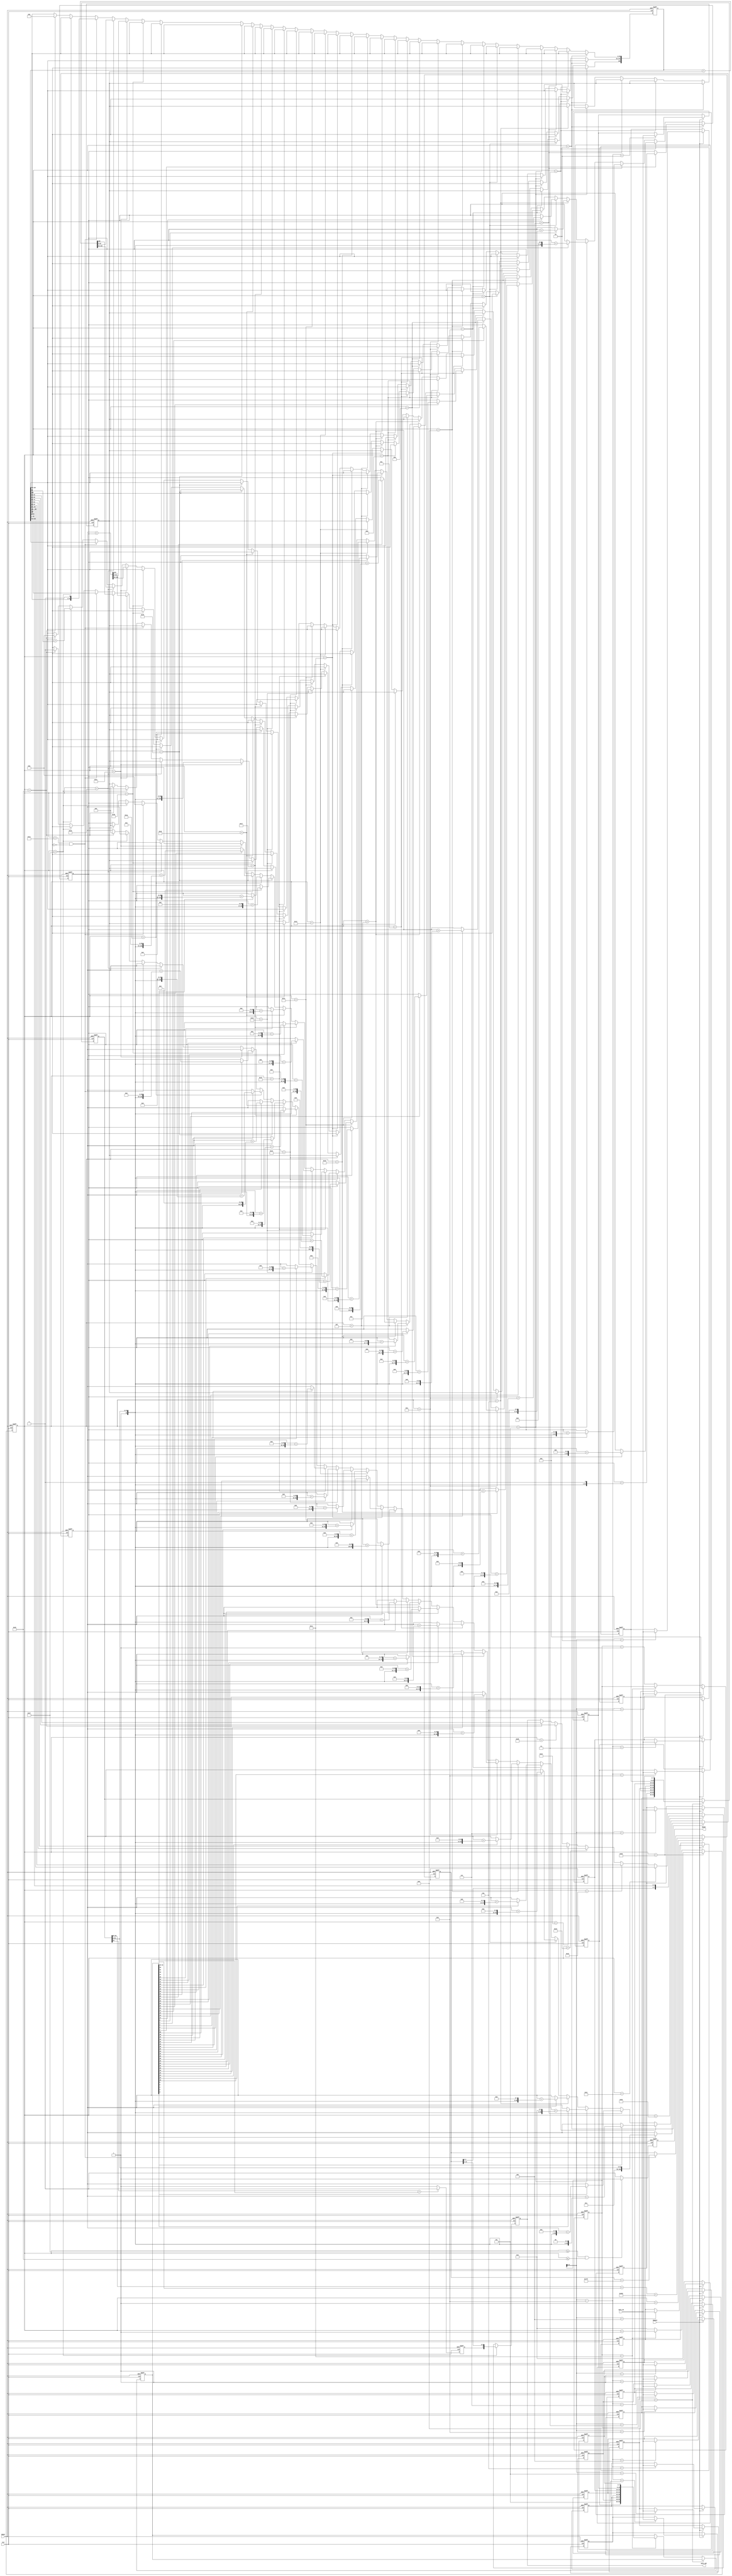
//------------------------------------------------------//
//- Digital IC Design 2021                              //
//-                                                     //
//- Final Project: FP_MUL                               //
//------------------------------------------------------//
`timescale 1ns/10ps

module FP_MUL(CLK, RESET, ENABLE, DATA_IN, DATA_OUT, READY );



// I/O Ports
input         CLK; //clock signal
input         RESET; //sync. RESET=1
input         ENABLE; //input data sequence when ENABLE =1
input   [7:0] DATA_IN; //input data sequence
output  [7:0] DATA_OUT; //ouput data sequence

output        READY; //output data is READY when READY=1
reg           READY;




reg [4:0] counter;
reg [5:0] count;
reg [7:0] A [8:1];
reg [7:0] B [8:1];
reg [7:0] DATA_OUT; //ignore
reg [63:0] total_A;
reg [63:0] total_B;

reg s;           //sign bit
reg [10:0] exp;  //exponet bit
reg [105:0] float;
reg [104:0] float1;
reg [104:0] float2;
reg [104:0] float3;


//after 17 CLK DATA recieve finish 
//at the 48~55 CLK to out DATA
//Total CLK : 55 CLK per 1 cycle


//set counter for recieve IN_DATA
always@(posedge CLK or posedge RESET)
begin
	if (RESET)
	begin
	counter <= 0;
	count <= 0;
	end	
	else if (count == 40 )
	begin
	counter <= 0;
	count <= 0;
	end
	else if (counter == 17)
	begin
	counter <= counter;
	count <= count +1;
	end
	else 
	begin
	counter <= counter + 1;
	count <= 0;
	end
end

//set READY's up time and down time
always@(posedge CLK or posedge RESET)
begin
	if (RESET)
	READY <= 0;
	else if (count >= 31 && count <=38)
	READY <= 1;
	else
	READY <= 0;
end

//make A & B recieve data
always@(posedge CLK or posedge RESET)
begin
	if (RESET)
	begin	
	A[1] <= 0;
	B[1] <= 0;
	A[2] <= 0;
	B[2] <= 0;
	A[3] <= 0;
	B[3] <= 0;
	A[4] <= 0;
	B[4] <= 0;
	A[5] <= 0;
	B[5] <= 0;
	A[6] <= 0;
	B[6] <= 0;
	A[7] <= 0;
	B[7] <= 0;
	A[8] <= 0;
	B[8] <= 0;
	end
	else if (ENABLE)
	begin
	A[counter] <= DATA_IN;
	B[counter-8] <= DATA_IN;
	end
end

//concate the all bit of IN_DATA 
always@(posedge CLK or posedge RESET)
begin
	if (RESET)
	begin
	total_A <= 64'b0;
	total_B <= 64'b0;
	end
	else if (counter == 9)
	total_A <= {A[8],A[7],A[6],A[5],A[4],A[3],A[2],A[1]};
	else if (counter == 17)
	total_B <= {B[8],B[7],B[6],B[5],B[4],B[3],B[2],B[1]};
end

//generator the first bit of OUTPUT
always@(posedge CLK or posedge RESET)
begin
	if (RESET)
	s <= 1'b0;
	else if ( total_A[63] == total_B[63] )
	s <= 1'b0;
	else
	s <= 1'b1;
end

//generator the exponent bits of OUTPUT
always@(posedge CLK or posedge RESET)
begin
	if (RESET)
	exp <= 0;
	else if ( count == 1)
	exp <= (total_A[62:52] + total_B[62:52]) + 11'b10000000010; //this 11 bits is 2's 1022 (exp - 1022)
	else if ( count == 30 && float[105] == 0) 
	exp <= exp + 11'b11111111111; // this 11bits is 2's 1 (exp - 1)
end

//generator the float number of OUTPUT
always@(posedge CLK or posedge RESET)
begin
	if (RESET)
	begin	
float  <= 0;
float1 <= 0;
float2 <= 0;
float3 <= 0;
	end
	else if ( count == 2 )
	begin
		if (total_B[0] == 1)	float1 <= {1'b1 , total_A[51:0]};		
		if (total_B[1] == 1)	float2 <= float2 + ({1'b1, total_A[51:0]} << 1);
	end
	else if ( count == 3)
	begin
		if (total_B[2] == 1)	float1 <= float1 + ({1'b1, total_A[51:0]} << 2);
		if (total_B[3] == 1)	float2 <= float2 + ({1'b1, total_A[51:0]} << 3);
	end
	else if ( count == 4 )
	begin
		if (total_B[4] == 1) 	float1 <= float1 + ({1'b1, total_A[51:0]} << 4);
		if (total_B[5] == 1)	float2 <= float2 + ({1'b1, total_A[51:0]} << 5);
	end
	else if ( count == 5 )
	begin
		if (total_B[6] == 1)	float1 <= float1 + ({1'b1, total_A[51:0]} << 6);
		if (total_B[7] == 1)	float2 <= float2 + ({1'b1, total_A[51:0]} << 7);
	end
	else if ( count == 6 )
	begin
		if (total_B[8] == 1) 	float1 <= float1 + ({1'b1, total_A[51:0]} << 8);
		if (total_B[9] == 1)	float2 <= float2 + ({1'b1, total_A[51:0]} << 9);
	end
	else if ( count == 7 )
	begin
		if (total_B[10] == 1)	float1 <= float1 + ({1'b1, total_A[51:0]} << 10);
		if (total_B[11] == 1)	float2 <= float2 + ({1'b1, total_A[51:0]} << 11);
	end

	else if ( count == 8 )
	begin
		if (total_B[12] == 1) 	float1 <= float1 + ({1'b1, total_A[51:0]} << 12);
		if (total_B[13] == 1)	float2 <= float2 + ({1'b1, total_A[51:0]} << 13);
	end
	else if ( count == 9 )
	begin
		if (total_B[14] == 1)	float1 <= float1 + ({1'b1, total_A[51:0]} << 14);
		if (total_B[15] == 1)	float2 <= float2 + ({1'b1, total_A[51:0]} << 15);
	end
	else if ( count == 10 )
	begin
		if (total_B[16] == 1) 	float1 <= float1 + ({1'b1, total_A[51:0]} << 16);	
		if (total_B[17] == 1)	float2 <= float2 + ({1'b1, total_A[51:0]} << 17);
	end
	else if ( count == 11 )
	begin
		if (total_B[18] == 1)	float1 <= float1 + ({1'b1, total_A[51:0]} << 18);
		if (total_B[19] == 1)	float2 <= float2 + ({1'b1, total_A[51:0]} << 19);
	end
	else if ( count == 12 )
	begin
		if (total_B[20] == 1)	float1 <= float1 + ({1'b1, total_A[51:0]} << 20);
		if (total_B[21] == 1)	float2 <= float2 + ({1'b1, total_A[51:0]} << 21);
	end
	else if ( count == 13 )
	begin
		if (total_B[22] == 1)	float1 <= float1 + ({1'b1, total_A[51:0]} << 22);
		if (total_B[23] == 1)	float2 <= float2 + ({1'b1, total_A[51:0]} << 23);
	end
	else if ( count == 14 )
	begin
		if (total_B[24] == 1) 	float1 <= float1 + ({1'b1, total_A[51:0]} << 24);	
		if (total_B[25] == 1)	float2 <= float2 + ({1'b1, total_A[51:0]} << 25);
	end
	else if ( count == 15 )
	begin
		if (total_B[26] == 1)	float1 <= float1 + ({1'b1, total_A[51:0]} << 26);
		if (total_B[27] == 1)	float2 <= float2 + ({1'b1, total_A[51:0]} << 27);
	end
	else if ( count == 16 )
	begin
		if (total_B[28] == 1)	float1 <= float1 + ({1'b1, total_A[51:0]} << 28);
		if (total_B[29] == 1)	float2 <= float2 + ({1'b1, total_A[51:0]} << 29);
	end
	else if ( count == 17 )
	begin
		if (total_B[30] == 1)	float1 <= float1 + ({1'b1, total_A[51:0]} << 30);
		if (total_B[31] == 1)	float2 <= float2 + ({1'b1, total_A[51:0]} << 31);
	end
	else if ( count == 18 )
	begin
		if (total_B[32] == 1) 	float1 <= float1 + ({1'b1, total_A[51:0]} << 32);
		if (total_B[33] == 1)	float2 <= float2 + ({1'b1, total_A[51:0]} << 33);
	end
	else if ( count == 19 )
	begin
		if (total_B[34] == 1)	float1 <= float1 + ({1'b1, total_A[51:0]} << 34);
		if (total_B[35] == 1)	float2 <= float2 + ({1'b1, total_A[51:0]} << 35);
	end
	else if ( count == 20 )
	begin
		if (total_B[36] == 1)	float1 <= float1 + ({1'b1, total_A[51:0]} << 36);
		if (total_B[37] == 1)	float2 <= float2 + ({1'b1, total_A[51:0]} << 37);
	end
	else if ( count == 21 )
	begin
		if (total_B[38] == 1)	float1 <= float1 + ({1'b1, total_A[51:0]} << 38);
		if (total_B[39] == 1)	float2 <= float2 + ({1'b1, total_A[51:0]} << 39);
	end
	else if ( count == 22 )
	begin
		if (total_B[40] == 1) 	float1 <= float1 + ({1'b1, total_A[51:0]} << 40);
		if (total_B[41] == 1)	float2 <= float2 + ({1'b1, total_A[51:0]} << 41);
	end
	else if ( count == 23 )
	begin
		if (total_B[42] == 1)	float1 <= float1 + ({1'b1, total_A[51:0]} << 42);
		if (total_B[43] == 1)	float2 <= float2 + ({1'b1, total_A[51:0]} << 43);
	end
	else if ( count == 24 )
	begin
		if (total_B[44] == 1) 	float1 <= float1 + ({1'b1, total_A[51:0]} << 44);
		if (total_B[45] == 1)	float2 <= float2 + ({1'b1, total_A[51:0]} << 45);
	end
	else if ( count == 25 )
	begin
		if (total_B[46] == 1)	float1 <= float1 + ({1'b1, total_A[51:0]} << 46);
		if (total_B[47] == 1)	float2 <= float2 + ({1'b1, total_A[51:0]} << 47);

	end
	else if ( count == 26 )
	begin
		if (total_B[48] == 1) 	float1 <= float1 + ({1'b1, total_A[51:0]} << 48);
		if (total_B[49] == 1)	float2 <= float2 + ({1'b1, total_A[51:0]} << 49);
	end
	else if ( count == 27 )
	begin
		if (total_B[50] == 1)	float1 <= float1 + ({1'b1, total_A[51:0]} << 50);
		if (total_B[51] == 1)	float2 <= float2 + ({1'b1, total_A[51:0]} << 51);
	end
	else if ( count == 28 )
	begin
		float3 <= ({1'b1, total_A[51:0]} << 52);
		float  <= float1 + float2;
	end
	else if ( count == 29 )
	begin
		float <= float + float3;
	end
	else if ( count == 30 && (float[105] == 0) )
	begin
	float <= float << 1;
	end
	else if ( count == 31)
	float[104:53] <= float[104:53] + float[52];
	else if ( count == 38)
	begin	
	float <= 0;
	float1 <= 0;
	float2 <= 0;
	float3 <= 0;
	end
end	

//concate all OUTPUT data
always@(posedge CLK or posedge RESET)
begin
	if (RESET)
	begin
	DATA_OUT <= 7'b0;
	end
	else if (count==31)
	begin
	DATA_OUT  <= {s,exp[10:4]};

	end
	else if (count==32)
	begin
	DATA_OUT     <= {exp[3:0],float[104:101]};

	end
	else if (count==33)
	begin
	DATA_OUT    <= float[100:93];

	end
	else if (count==34)
	begin
	DATA_OUT     <= float[92:85];

	end
	else if (count==35)
	begin	
	DATA_OUT     <= float[84:77];

	end
	else if (count==36)
	begin
	DATA_OUT     <= float[76:69];

	end
	else if (count==37)
	begin
	DATA_OUT     <= float[68:61];

	end
	else if (count==38)
	begin	
	DATA_OUT    <=  float[60:53];

	end
end



endmodule